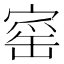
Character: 𡩴